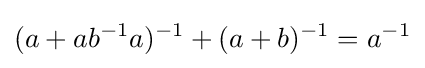
(a+ab^{-1}a)^{-1}+(a+b)^{-1}=a^{-1}